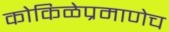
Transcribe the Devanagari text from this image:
कोकिळेप्रमाणेच